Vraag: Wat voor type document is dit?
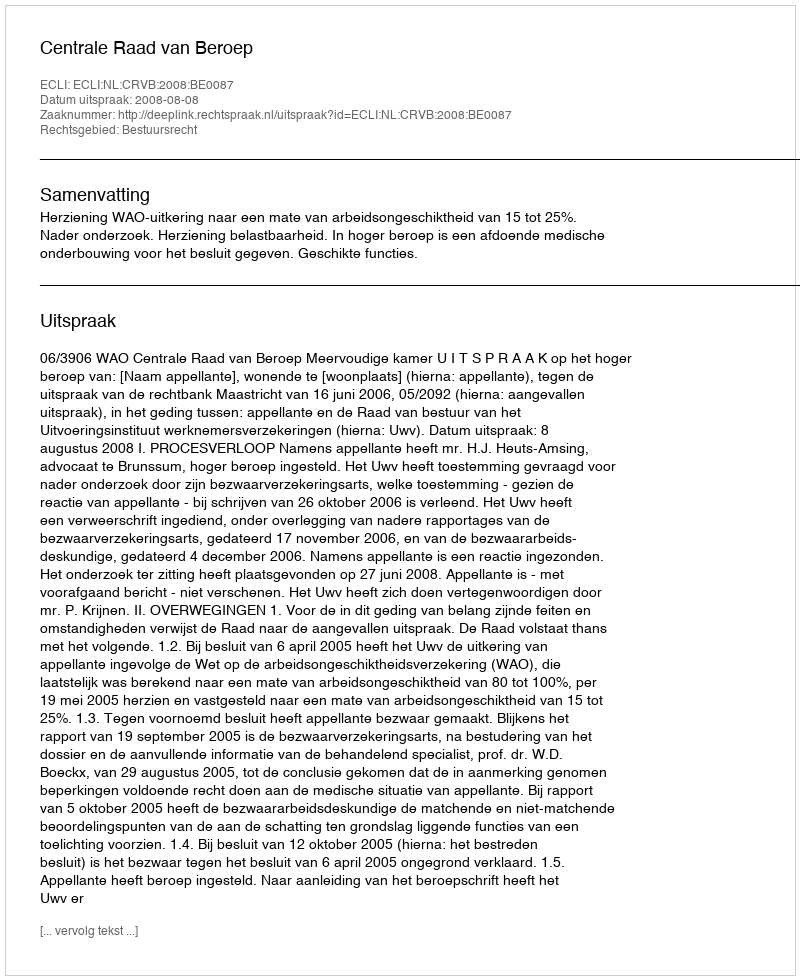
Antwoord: Uitspraak